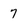
Character: 7